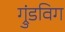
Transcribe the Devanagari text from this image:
ग्रुंडविग